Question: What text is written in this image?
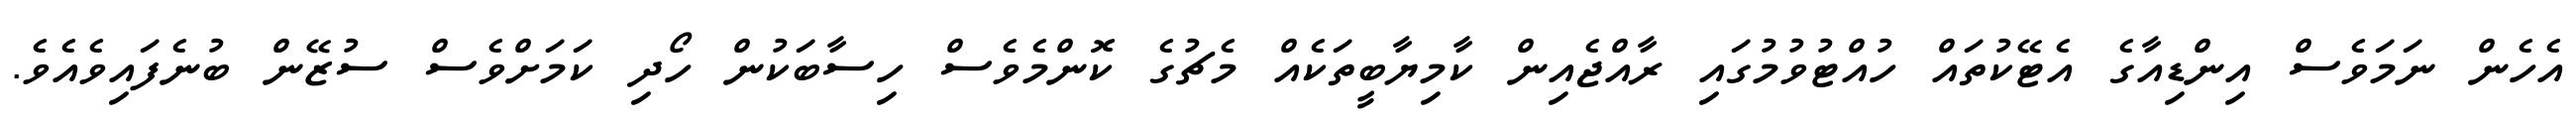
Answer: އެހެން ނަމަވެސް އިންޑިއާގެ އެޓޭކުތައް ހުއްޓުވުމުގައި ރާއްޖެއިން ކާމިޔާބީތަކެއް މެޗުގެ ކޮންމެވެސް ހިސާބަކުން ހޯދި ކަމަށްވެސް ސުޒޭން ބުނެފައިވެއެވެ.